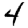
Digit: 4